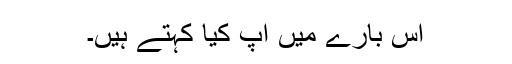
اس بارے میں آپ کیا کہتے ہیں۔